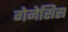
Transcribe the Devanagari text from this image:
गेनेसिस